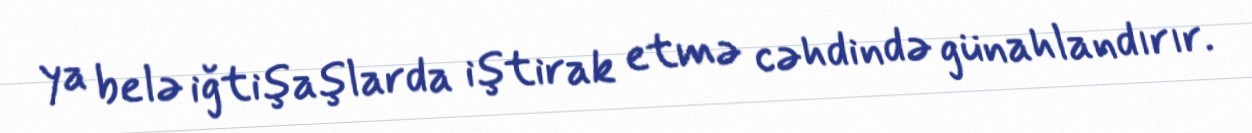
ya belə iğtişaşlarda iştirak etmə cəhdində günahlandırır.